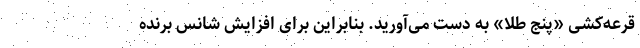
قرعه‌کشی «پنجِ طلا» به دست می‌آورید. بنابراین برای افزایش شانس برنده